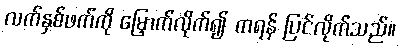
လက်နှစ်ဖက်ကို မြှောက်လိုက်၍ ကရန် ပြင်လိုက်သည်။